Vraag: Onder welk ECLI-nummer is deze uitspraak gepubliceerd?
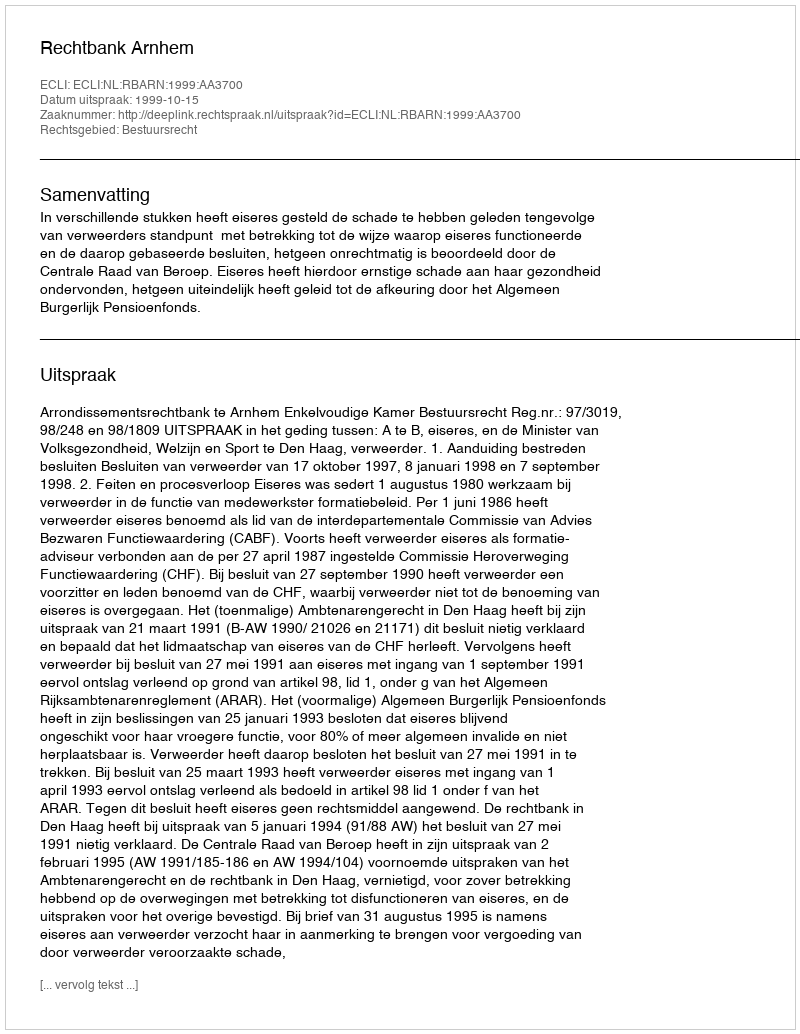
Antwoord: ECLI:NL:RBARN:1999:AA3700